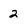
Character: 2